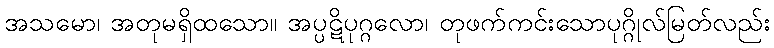
အသမော၊ အတုမရှိထသော။ အပ္ပဋိပုဂ္ဂလော၊ တုဖက်ကင်းသောပုဂ္ဂိုလ်မြတ်လည်း